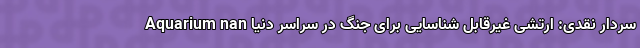
Aquarium nan سردار نقدی: ارتشی غیرقابل شناسایی برای جنگ در سراسر دنیا